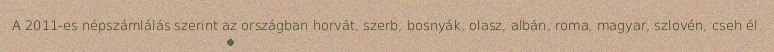
A 2011-es népszámlálás szerint az országban horvát, szerb, bosnyák, olasz, albán, roma, magyar, szlovén, cseh él.